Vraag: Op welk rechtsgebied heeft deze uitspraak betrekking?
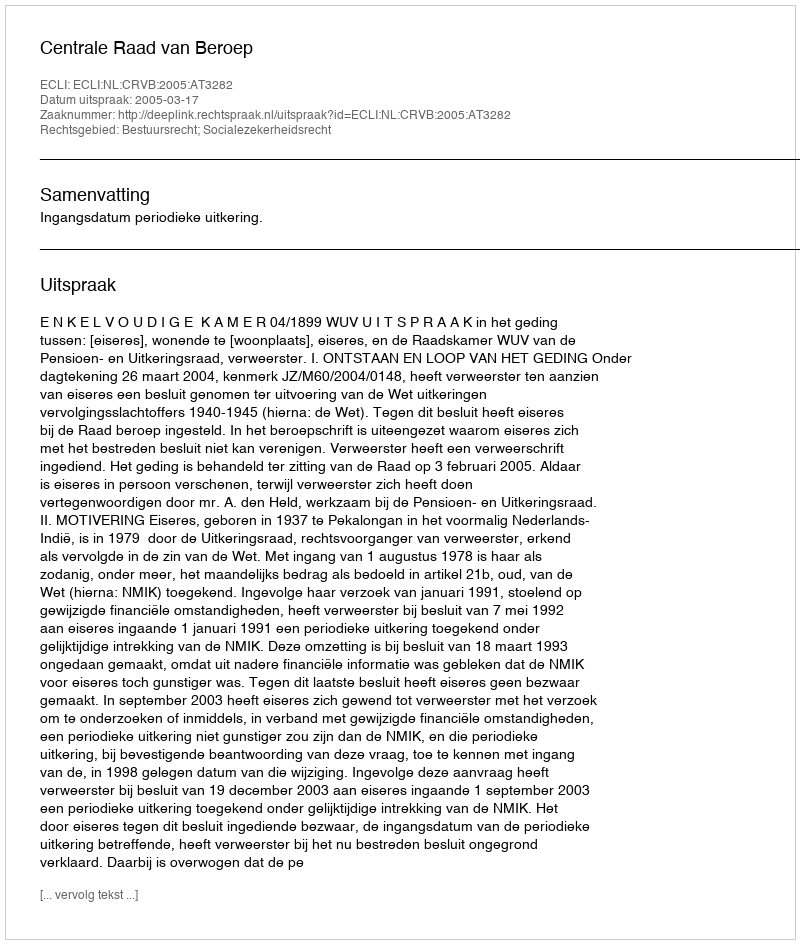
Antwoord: Bestuursrecht; Socialezekerheidsrecht